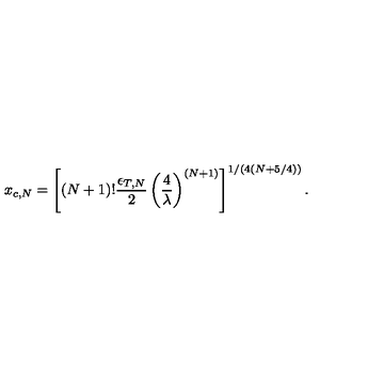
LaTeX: x _ { c , N } = \left[ \left( N + 1 \right) ! { \frac { \epsilon _ { T , N } } { 2 } } \left( { \frac { 4 } { \lambda } } \right) ^ { ( N + 1 ) } \right] ^ { 1 / ( 4 ( N + 5 / 4 ) ) } .